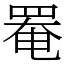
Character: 罨